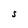
Character: S